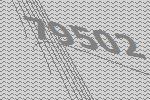
79502